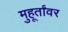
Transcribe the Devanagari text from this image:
मुहूर्तांवर